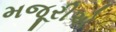
મજૂરીએ